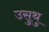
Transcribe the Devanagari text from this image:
उसुथु